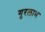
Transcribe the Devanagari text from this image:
गुरलाभ